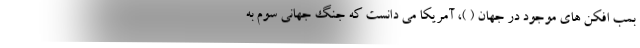
بمب افکن های موجود در جهان ( )، آمریکا می دانست که جنگ جهانی سوم به